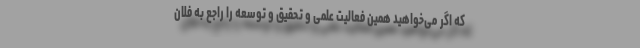
که اگر می‌خواهید همین فعالیت علمی و تحقیق و توسعه را راجع به فلان